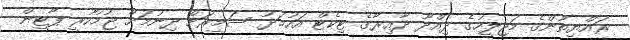
ރައްޔިތުންގެ މަޖިލީހުގެ ދިއްދޫ ދާއިރާގެ ޓިކެޓް އަހުމަދު ސަމީރަށް ދިނުމަށް ޖުމުހޫރީ ޕާޓީން